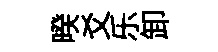
暌爻乐卸